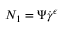
N _ { 1 } = \Psi \dot { \gamma } ^ { \epsilon }